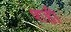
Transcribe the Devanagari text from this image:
शही